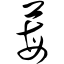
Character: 莓